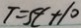
T = 5 t + 1 0